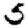
Digit: 5